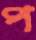
প